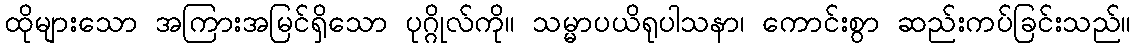
ထိုများသော အကြားအမြင်ရှိသော ပုဂ္ဂိုလ်ကို။ သမ္မာပယိရုပါသနာ၊ ကောင်းစွာ ဆည်းကပ်ခြင်းသည်။